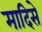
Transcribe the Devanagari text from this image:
मादिसे